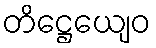
တိဋ္ဌေယျေဝ